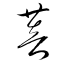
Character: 菩